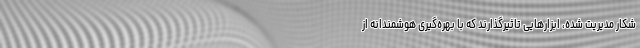
شکار مدیریت شده، ابزارهایی تاثیرگذارند که با بهره‌گیری هوشمندانه از